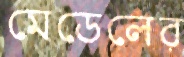
মেডেলের